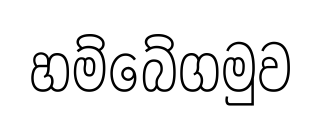
හම්බේගමුව